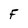
Character: F